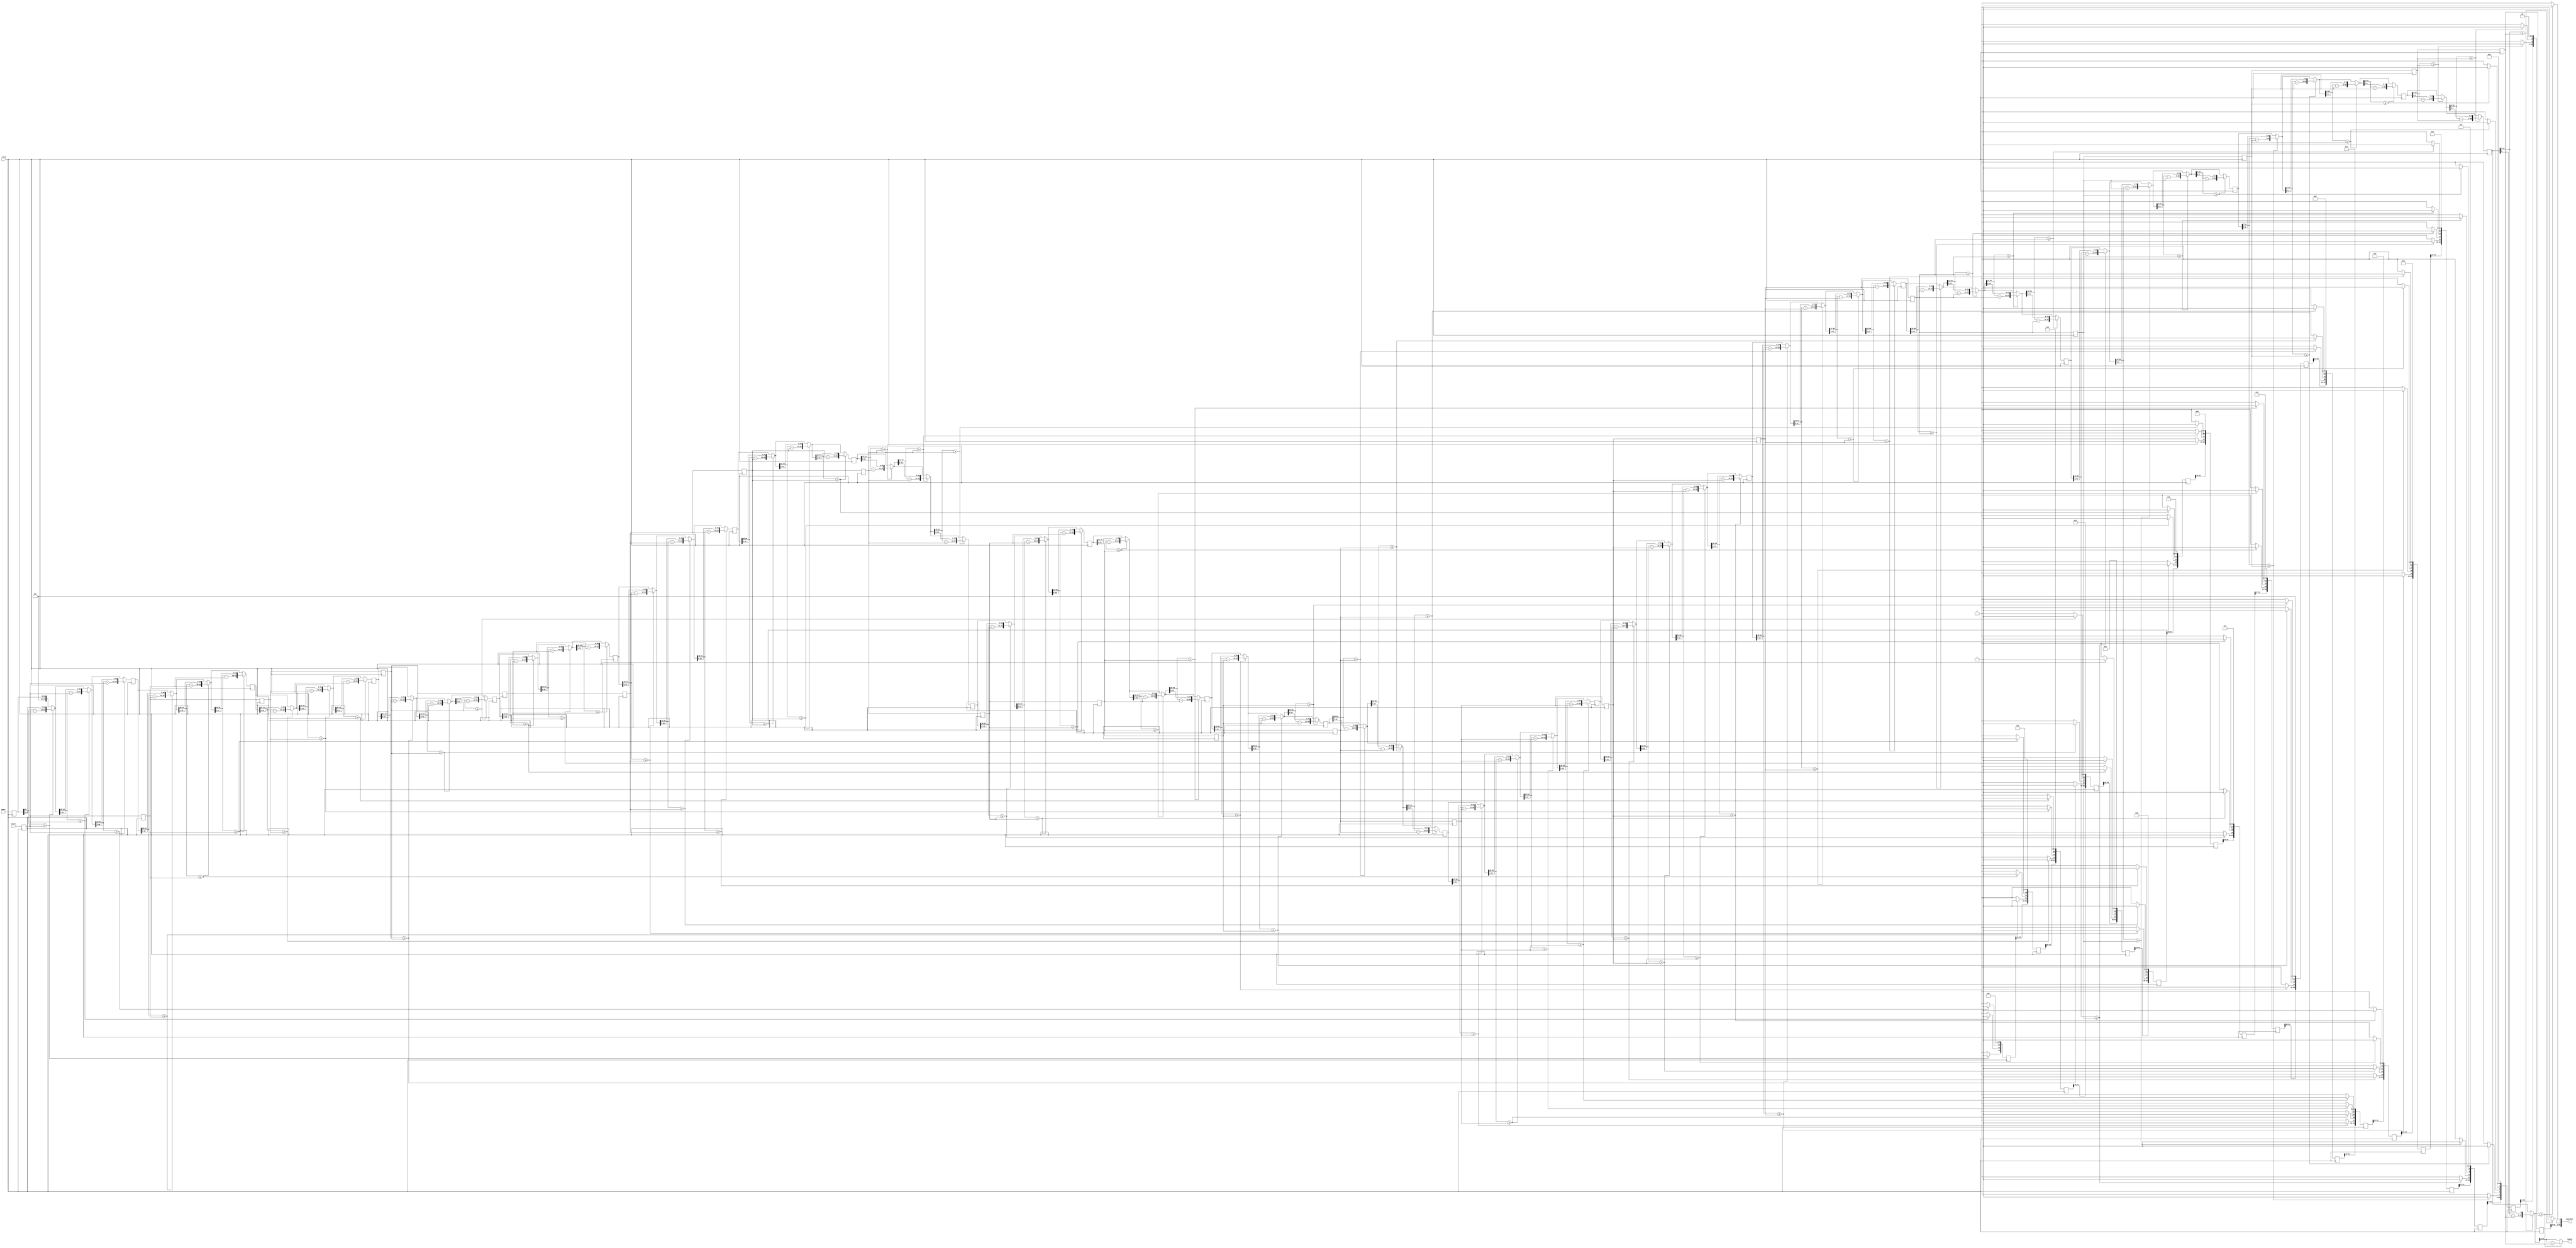
`define TRIG_WIDTH 5'b01010 //10;
`define PIPELINE_DEPTH_UPPER_LIMIT 10'b0100000000 //256;
`define ABSORB_ADDR_WIDTH 6'b010000 //16;
`define ABSORB_WORD_WIDTH 7'b01000000 //64;
`define WSCALE 22'b0111010100101111111111 //1919999;
//`define BIT_WIDTH 7'b0100000
//`define LAYER_WIDTH 6'b000011 
`define LEFTSHIFT 6'b000011         // 2^3=8=1/0.125 where 0.125 = CHANCE of roulette
`define INTCHANCE 32'b00100000000000000000000000000000 //Based on 32 bit rand num generator
`define MIN_WEIGHT 9'b011001000 
`define BIT_WIDTH 7'b0100000
`define LAYER_WIDTH 6'b000011
`define INTMAX 32'b01111111111111111111111111111111
`define INTMIN 32'b10000000000000000000000000000000
`define DIVIDER_LATENCY 6'b011110
`define FINAL_LATENCY 6'b011100
`define MULT_LATENCY 1'b1
`define ASPECT_RATIO 6'b000111
`define TOTAL_LATENCY 7'b0111100
//`define BIT_WIDTH 6'b100000
//`define LAYER_WIDTH 6'b000011
`define LOGSCALEFACTOR 6'b000101
`define MAXLOG 32'b10110001011100100001011111110111		//Based on 32 bit unsigned rand num generator
`define CONST_MOVE_AMOUNT 15'b110000110101000  //Used for testing purposes only
`define MUTMAX_BITS 6'b001111
//`define BIT_WIDTH 6'b100000
//`define LAYER_WIDTH 6'b000011
//`define INTMAX 32'b01111111111111111111111111111111
//`define INTMIN 32'b10000000000000000000000000000000
//`define BIT_WIDTH 7'b0100000
`define MANTISSA_PRECISION 6'b001010
`define LOG2_BIT_WIDTH 6'b000110
`define LOG2 28'b0101100010111001000010111111
`define NR 10'b0100000000             
`define NZ 10'b0100000000              
`define NR_EXP 5'b01000              //meaning `NR=2^`NR_exp or 2^8=256
`define RGRID_SCLAE_EXP 6'b010101    //2^21 = RGRID_SCALE
`define ZGRID_SCLAE_EXP 6'b010101    //2^21 = ZGRID_SCALE
//`define BIT_WIDTH 7'b0100000
`define BIT_WIDTH_2 8'b01000000
`define WORD_WIDTH 8'b01000000
`define ADDR_WIDTH 6'b010000          //256x256=2^8*2^8=2^16
`define DIV 6'b010100//20;
`define SQRT 5'b01010 //10;
`define LAT 7'b0100101 //DIV + SQRT + 7;
`define INTMAX_2 {32'h3FFFFFFF,32'h00000001}
//`define INTMAX 32'b01111111111111111111111111111111//2147483647;
//`define INTMIN 32'b10000000000000000000000000000001//-2147483647;
`define INTMAXMinus3 32'b01111111111111111111111111111100//2147483644;
`define negINTMAXPlus3 32'b10000000000000000000000000000100//-2147483644;
`define INTMAX_2_ref {32'h3FFFFFFF,32'hFFFFFFFF}
`define SIMULATION_MEMORY

module Div_64b_unsigned (clock, denom_, numer_, quotient, remain);
	input clock;
	input [63:0]numer_;
	input [31:0]denom_;
	output [63:0]quotient;
	output [31:0]remain;

	reg [63:0]numer;
	reg [31:0]denom0;
	
	always @ (posedge clock) 
	begin
		numer <= numer_;
		denom0 <= denom_;
	end

///////////////////////////////////////////////////Unchanged starts here	
	reg [94:0]numer_temp_63; //need to add bits
	reg [94:0]numer_temp_62;
	reg [94:0]numer_temp_61;
	reg [94:0]numer_temp_60_d, numer_temp_60_q;
	reg [94:0]numer_temp_59;
	reg [94:0]numer_temp_58;
	reg [94:0]numer_temp_57_d, numer_temp_57_q;
	reg [94:0]numer_temp_56;
	reg [94:0]numer_temp_55;
	reg [94:0]numer_temp_54_d, numer_temp_54_q;
	reg [94:0]numer_temp_53;
	reg [94:0]numer_temp_52;
	reg [94:0]numer_temp_51_d, numer_temp_51_q;
	reg [94:0]numer_temp_50;
	reg [94:0]numer_temp_49;
	reg [94:0]numer_temp_48_d, numer_temp_48_q;
	reg [94:0]numer_temp_47;
	reg [94:0]numer_temp_46;
	reg [94:0]numer_temp_45_d, numer_temp_45_q;
	reg [94:0]numer_temp_44;
	reg [94:0]numer_temp_43;
	reg [94:0]numer_temp_42_d, numer_temp_42_q;
	reg [94:0]numer_temp_41;
	reg [94:0]numer_temp_40;
	reg [94:0]numer_temp_39_d, numer_temp_39_q;
	reg [94:0]numer_temp_38;
	reg [94:0]numer_temp_37;
	reg [94:0]numer_temp_36_d, numer_temp_36_q;
	reg [94:0]numer_temp_35;
	reg [94:0]numer_temp_34;
	reg [94:0]numer_temp_33_d, numer_temp_33_q;
	reg [94:0]numer_temp_32;
	reg [94:0]numer_temp_31;
	reg [94:0]numer_temp_30_d, numer_temp_30_q;
	reg [94:0]numer_temp_29;
	reg [94:0]numer_temp_28;
	reg [94:0]numer_temp_27_d, numer_temp_27_q;
	reg [94:0]numer_temp_26;
	reg [94:0]numer_temp_25;
	reg [94:0]numer_temp_24;
	reg [94:0]numer_temp_23_d, numer_temp_23_q;
	reg [94:0]numer_temp_22;
	reg [94:0]numer_temp_21;
	reg [94:0]numer_temp_20;
	reg [94:0]numer_temp_19_d, numer_temp_19_q;
	reg [94:0]numer_temp_18;
	reg [94:0]numer_temp_17;
	reg [94:0]numer_temp_16;
	reg [94:0]numer_temp_15_d, numer_temp_15_q;
	reg [94:0]numer_temp_14;
	reg [94:0]numer_temp_13;
	reg [94:0]numer_temp_12;
	reg [94:0]numer_temp_11_d, numer_temp_11_q;
	reg [94:0]numer_temp_10;
	reg [94:0]numer_temp_9;
	reg [94:0]numer_temp_8;
	reg [94:0]numer_temp_7_d, numer_temp_7_q;
	reg [94:0]numer_temp_6;
	reg [94:0]numer_temp_5;
	reg [94:0]numer_temp_4;
	reg [94:0]numer_temp_3_d, numer_temp_3_q;
	reg [94:0]numer_temp_2;
	reg [94:0]numer_temp_1_d, numer_temp_1_q;
	reg [94:0]numer_temp_0;
	reg [94:0]numer_temp;

		//The dummy pipeline (20 clock cycles)
	reg [63:0]quo0_d;
	reg [63:0]quo1_d;
	reg [63:0]quo2_d;
	reg [63:0]quo3_d;
	reg [63:0]quo4_d;
	reg [63:0]quo5_d;
	reg [63:0]quo6_d;
	reg [63:0]quo7_d;
	reg [63:0]quo8_d;
	reg [63:0]quo9_d;
	reg [63:0]quo10_d;
	reg [63:0]quo11_d;
	reg [63:0]quo12_d;
	reg [63:0]quo13_d;
	reg [63:0]quo14_d;
	reg [63:0]quo15_d;
	reg [63:0]quo16_d;
	reg [63:0]quo17_d;
	reg [63:0]quo18_d;
	reg [63:0]quo19_d;
	
	reg [63:0]quo0_q;
	reg [63:0]quo1_q;
	reg [63:0]quo2_q;
	reg [63:0]quo3_q;
	reg [63:0]quo4_q;
	reg [63:0]quo5_q;
	reg [63:0]quo6_q;
	reg [63:0]quo7_q;
	reg [63:0]quo8_q;
	reg [63:0]quo9_q;
	reg [63:0]quo10_q;
	reg [63:0]quo11_q;
	reg [63:0]quo12_q;
	reg [63:0]quo13_q;
	reg [63:0]quo14_q;
	reg [63:0]quo15_q;
	reg [63:0]quo16_q;
	reg [63:0]quo17_q;
	reg [63:0]quo18_q;
	
	reg [31:0]denom1;
	reg [31:0]denom2;
	reg [31:0]denom3;	
	reg [31:0]denom4;
	reg [31:0]denom5;	
	reg [31:0]denom6;
	reg [31:0]denom7;	
	reg [31:0]denom8;
	reg [31:0]denom9;	
	reg [31:0]denom10;
	reg [31:0]denom11;	
	reg [31:0]denom12;
	reg [31:0]denom13;	
	reg [31:0]denom14;
	reg [31:0]denom15;	
	reg [31:0]denom16;
	reg [31:0]denom17;	
	reg [31:0]denom18;
	reg [31:0]denom19;
	
	
	always @(numer or denom0) begin
		numer_temp_63 = {31'b0, numer};
		
		//quo0[63]
		if (numer_temp_63[94:63] >= denom0 ) begin
			quo0_d[63] = 1'b1;
			numer_temp_62 = {numer_temp_63[94:63] - denom0, numer_temp_63[62:0]};
		end else begin
			quo0_d[63] = 1'b0;
			numer_temp_62 = numer_temp_63;
		end
		
		//quo0[62]
		if (numer_temp_62[94:62] >= denom0 ) begin
			quo0_d[62] = 1'b1;
			numer_temp_61 = {numer_temp_62[94:62] - denom0, numer_temp_62[61:0]};
		end else begin
			quo0_d[62] = 1'b0;
           numer_temp_61 = numer_temp_62;
		end
		//quo0[61]
		if (numer_temp_61[94:61] >= denom0 ) begin
			quo0_d[61] = 1'b1;
			numer_temp_60_d = {numer_temp_61[94:61] - denom0, numer_temp_61[60:0]};
		end else begin
			quo0_d[61] = 1'b0;
           numer_temp_60_d = numer_temp_61;
		end
		quo0_d[60:0] = 61'b0;
	end
	
	always @ (posedge clock) begin
		quo0_q <= quo0_d;
		numer_temp_60_q <= numer_temp_60_d;
		denom1 <= denom0;
	end
		
	always @(numer_temp_60_q or denom1 or quo0_q) begin
		quo1_d[63:61] = quo0_q[63:61];
	
		//quo1_d[60]
		if (numer_temp_60_q[94:60] >= denom1 ) begin
			quo1_d[60] = 1'b1;
			numer_temp_59 = {numer_temp_60_q[94:60] - denom1, numer_temp_60_q[59:0]};
		end else begin
			quo1_d[60] = 1'b0;
           numer_temp_59 = numer_temp_60_q;
		end
		//quo1_d[59]
		if (numer_temp_59[94:59] >= denom1 ) begin
			quo1_d[59] = 1'b1;
			numer_temp_58 = {numer_temp_59[94:59] - denom1, numer_temp_59[58:0]};
		end else begin
			quo1_d[59] = 1'b0;
           numer_temp_58 = numer_temp_59;
		end
		//quo1_d[58]
		if (numer_temp_58[94:58] >= denom1 ) begin
			quo1_d[58] = 1'b1;
			numer_temp_57_d = {numer_temp_58[94:58] - denom1, numer_temp_58[57:0]};
		end else begin
			quo1_d[58] = 1'b0;
           numer_temp_57_d = numer_temp_58;
		end
		quo1_d[57:0] = 58'b0;
	end

	always @ (posedge clock) begin
		quo1_q <= quo1_d;
		numer_temp_57_q <= numer_temp_57_d;
		denom2 <= denom1;
	end
		
	always @ (numer_temp_57_q or denom2 or quo1_q) begin
		quo2_d[63:58] = quo1_q[63:58];
	
		//quo2_d[57]
		if (numer_temp_57_q[94:57] >= denom2 ) begin
			quo2_d[57] = 1'b1;
			numer_temp_56 = {numer_temp_57_q[94:57] - denom2, numer_temp_57_q[56:0]};
		end else begin
			quo2_d[57] = 1'b0;
           numer_temp_56 = numer_temp_57_q;
		end
		//quo2_d[56]
		if (numer_temp_56[94:56] >= denom2 ) begin
			quo2_d[56] = 1'b1;
			numer_temp_55 = {numer_temp_56[94:56] - denom2, numer_temp_56[55:0]};
		end else begin
			quo2_d[56] = 1'b0;
           numer_temp_55 = numer_temp_56;
		end
		//quo2_d[55]
		if (numer_temp_55[94:55] >= denom2 ) begin
			quo2_d[55] = 1'b1;
			numer_temp_54_d = {numer_temp_55[94:55] - denom2, numer_temp_55[54:0]};
		end else begin
			quo2_d[55] = 1'b0;
           numer_temp_54_d = numer_temp_55;
		end
		quo2_d[54:0] = 55'b0;
	end
	
	
	always @ (posedge clock) begin
		quo2_q <= quo2_d;
		numer_temp_54_q <= numer_temp_54_d;
		denom3 <= denom2;
	end
	
	always @ (numer_temp_54_q or denom3 or quo2_q) begin
		quo3_d[63:55] = quo2_q[63:55];
	
		//quo3_d[54]
		if (numer_temp_54_q[94:54] >= denom3 ) begin
			quo3_d[54] = 1'b1;
			numer_temp_53 = {numer_temp_54_q[94:54] - denom3, numer_temp_54_q[53:0]};
		end else begin
			quo3_d[54] = 1'b0;
           numer_temp_53 = numer_temp_54_q;
		end
		//quo3_d[53]
		if (numer_temp_53[94:53] >= denom3 ) begin
			quo3_d[53] = 1'b1;
			numer_temp_52 = {numer_temp_53[94:53] - denom3, numer_temp_53[52:0]};
		end else begin
			quo3_d[53] = 1'b0;
           numer_temp_52 = numer_temp_53;
		end
		//quo3_d[52]
		if (numer_temp_52[94:52] >= denom3 ) begin
			quo3_d[52] = 1'b1;
			numer_temp_51_d = {numer_temp_52[94:52] - denom3, numer_temp_52[51:0]};
		end else begin
			quo3_d[52] = 1'b0;
           numer_temp_51_d = numer_temp_52;
		end
		quo3_d[51:0] = 52'b0;
	end
		
	always @ (posedge clock) begin
		quo3_q <= quo3_d;
		numer_temp_51_q <= numer_temp_51_d;
		denom4 <= denom3;
	end
		
	always @ (numer_temp_51_q or denom4 or quo3_q) begin
		quo4_d[63:52] = quo3_q[63:52];
	
		//quo4[51]
		if (numer_temp_51_q[94:51] >= denom4 ) begin
			quo4_d[51] = 1'b1;
			numer_temp_50 = {numer_temp_51_q[94:51] - denom4, numer_temp_51_q[50:0]};
		end else begin
			quo4_d[51] = 1'b0;
           numer_temp_50 = numer_temp_51_q;
		end
		//quo4_d[50]
		if (numer_temp_50[94:50] >= denom4 ) begin
			quo4_d[50] = 1'b1;
			numer_temp_49 = {numer_temp_50[94:50] - denom4, numer_temp_50[49:0]};
		end else begin
			quo4_d[50] = 1'b0;
           numer_temp_49 = numer_temp_50;
		end
		//quo4_d[49]
		if (numer_temp_49[94:49] >= denom4 ) begin
			quo4_d[49] = 1'b1;
			numer_temp_48_d = {numer_temp_49[94:49] - denom4, numer_temp_49[48:0]};
		end else begin
			quo4_d[49] = 1'b0;
           numer_temp_48_d = numer_temp_49;
		end
		quo4_d[48:0] = 49'b0;
	end
		
	always @ (posedge clock) begin
		quo4_q <= quo4_d;
		numer_temp_48_q <= numer_temp_48_d;
		denom5 <= denom4;
	end
		
	always @ (numer_temp_48_q or denom5 or quo4_q) begin
		quo5_d[63:49] = quo4_q[63:49];

	//quo5_d[48]
		if (numer_temp_48_q[94:48] >= denom5 ) begin
			quo5_d[48] = 1'b1;
			numer_temp_47 = {numer_temp_48_q[94:48] - denom5, numer_temp_48_q[47:0]};
		end else begin
			quo5_d[48] = 1'b0;
           numer_temp_47 = numer_temp_48_q;
		end
		//quo5_d[47]
		if (numer_temp_47[94:47] >= denom5 ) begin
			quo5_d[47] = 1'b1;
			numer_temp_46 = {numer_temp_47[94:47] - denom5, numer_temp_47[46:0]};
		end else begin
			quo5_d[47] = 1'b0;
           numer_temp_46 = numer_temp_47;
		end
		//quo5_d[46]
		if (numer_temp_46[94:46] >= denom5 ) begin
			quo5_d[46] = 1'b1;
			numer_temp_45_d = {numer_temp_46[94:46] - denom5, numer_temp_46[45:0]};
		end else begin
			quo5_d[46] = 1'b0;
           numer_temp_45_d = numer_temp_46;
		end
		quo5_d[45:0] = 46'b0;
	end
		
	always @ (posedge clock) begin
		quo5_q <= quo5_d;
		numer_temp_45_q <= numer_temp_45_d;
		denom6 <= denom5;
	end
		
	always @ (numer_temp_45_q or denom6 or quo5_q) begin
		quo6_d[63:46] = quo5_q[63:46];
	
		//quo6_d[45]
		if (numer_temp_45_q[94:45] >= denom6 ) begin
			quo6_d[45] = 1'b1;
			numer_temp_44 = {numer_temp_45_q[94:45] - denom6, numer_temp_45_q[44:0]};
		end else begin
			quo6_d[45] = 1'b0;
           numer_temp_44 = numer_temp_45_q;
		end
		//quo6_d[44]
		if (numer_temp_44[94:44] >= denom6 ) begin
			quo6_d[44] = 1'b1;
			numer_temp_43 = {numer_temp_44[94:44] - denom6, numer_temp_44[43:0]};
		end else begin
			quo6_d[44] = 1'b0;
           numer_temp_43 = numer_temp_44;
		end
		//quo6_d[43]
		if (numer_temp_43[94:43] >= denom6 ) begin
			quo6_d[43] = 1'b1;
			numer_temp_42_d = {numer_temp_43[94:43] - denom6, numer_temp_43[42:0]};
		end else begin
			quo6_d[43] = 1'b0;
           numer_temp_42_d = numer_temp_43;
		end
		quo6_d[42:0] = 43'b0;
	end
	
	always @ (posedge clock) begin
		quo6_q<= quo6_d;
		numer_temp_42_q <= numer_temp_42_d;
		denom7 <= denom6;
	end
	
	always @ (numer_temp_42_q or denom7 or quo6_q) begin
		quo7_d[63:43] = quo6_q[63:43];
	
		//quo7_d[42]
		if (numer_temp_42_q[94:42] >= denom7 ) begin
			quo7_d[42] = 1'b1;
			numer_temp_41 = {numer_temp_42_q[94:42] - denom7, numer_temp_42_q[41:0]};
		end else begin
			quo7_d[42] = 1'b0;
           numer_temp_41 = numer_temp_42_q;
		end
		//quo7_d[41]
		if (numer_temp_41[94:41] >= denom7 ) begin
			quo7_d[41] = 1'b1;
			numer_temp_40 = {numer_temp_41[94:41] - denom7, numer_temp_41[40:0]};
		end else begin
			quo7_d[41] = 1'b0;
           numer_temp_40 = numer_temp_41;
		end
		//quo7_d[40]
		if (numer_temp_40[94:40] >= denom7 ) begin
			quo7_d[40] = 1'b1;
			numer_temp_39_d = {numer_temp_40[94:40] - denom7, numer_temp_40[39:0]};
		end else begin
			quo7_d[40] = 1'b0;
           numer_temp_39_d = numer_temp_40;
		end
		quo7_d[39:0] = 40'b0;
	end
		
	always @ (posedge clock) begin
		quo7_q <= quo7_d;
		numer_temp_39_q <= numer_temp_39_d;
		denom8 <= denom7;
	end
		
	always @ (numer_temp_39_q or denom8 or quo7_q) begin
		quo8_d[63:40] = quo7_q[63:40];
	
		//quo8[39]
		if (numer_temp_39_q[94:39] >= denom8 ) begin
			quo8_d[39] = 1'b1;
			numer_temp_38 = {numer_temp_39_q[94:39] - denom8, numer_temp_39_q[38:0]};
		end else begin
			quo8_d[39] = 1'b0;
           numer_temp_38 = numer_temp_39_q;
		end
		//quo8_d[38]
		if (numer_temp_38[94:38] >= denom8 ) begin
			quo8_d[38] = 1'b1;
			numer_temp_37 = {numer_temp_38[94:38] - denom8, numer_temp_38[37:0]};
		end else begin
			quo8_d[38] = 1'b0;
           numer_temp_37 = numer_temp_38;
		end
		//quo8_d[37]
		if (numer_temp_37[94:37] >= denom8 ) begin
			quo8_d[37] = 1'b1;
			numer_temp_36_d = {numer_temp_37[94:37] - denom8, numer_temp_37[36:0]};
		end else begin
			quo8_d[37] = 1'b0;
           numer_temp_36_d = numer_temp_37;
		end
		quo8_d[36:0] = 37'b0;
	end
		
	always @ (posedge clock) begin
		quo8_q <= quo8_d;
		numer_temp_36_q <= numer_temp_36_d;
		denom9 <= denom8;
	end
		
	always @ (numer_temp_36_q or denom9 or quo8_q) begin
		quo9_d[63:37] = quo8_q[63:37];
	
		//quo9[36]
		if (numer_temp_36_q[94:36] >= denom9 ) begin
			quo9_d[36] = 1'b1;
			numer_temp_35 = {numer_temp_36_q[94:36] - denom9, numer_temp_36_q[35:0]};
		end else begin
			quo9_d[36] = 1'b0;
           numer_temp_35 = numer_temp_36_q;
		end
		//quo9_d[35]
		if (numer_temp_35[94:35] >= denom9 ) begin
			quo9_d[35] = 1'b1;
			numer_temp_34 = {numer_temp_35[94:35] - denom9, numer_temp_35[34:0]};
		end else begin
			quo9_d[35] = 1'b0;
           numer_temp_34 = numer_temp_35;
		end
		//quo9_d[34]
		if (numer_temp_34[94:34] >= denom9 ) begin
			quo9_d[34] = 1'b1;
			numer_temp_33_d = {numer_temp_34[94:34] - denom9, numer_temp_34[33:0]};
		end else begin
			quo9_d[34] = 1'b0;
           numer_temp_33_d = numer_temp_34;
		end
		quo9_d[33:0] = 34'b0;
	end
		
	always @ (posedge clock) begin
		quo9_q <= quo9_d;
		numer_temp_33_q <= numer_temp_33_d;
		denom10 <= denom9;
	end
		
	always @ (numer_temp_33_q or denom10 or quo9_q) begin
		quo10_d[63:34] = quo9_q[63:34];
	
		//quo10_d[33]
		if (numer_temp_33_q[94:33] >= denom10 ) begin
			quo10_d[33] = 1'b1;
			numer_temp_32 = {numer_temp_33_q[94:33] - denom10, numer_temp_33_q[32:0]};
		end else begin
			quo10_d[33] = 1'b0;
           numer_temp_32 = numer_temp_33_q;
		end
		//quo10_d[32]
		if (numer_temp_32[94:32] >= denom10 ) begin
			quo10_d[32] = 1'b1;
			numer_temp_31 = {numer_temp_32[94:32] - denom10, numer_temp_32[31:0]};
		end else begin
			quo10_d[32] = 1'b0;
           numer_temp_31 = numer_temp_32;
		end
		//quo10_d[31]
		if (numer_temp_31[94:31] >= denom10 ) begin
			quo10_d[31] = 1'b1;
			numer_temp_30_d = {numer_temp_31[94:31] - denom10, numer_temp_31[30:0]};
		end else begin
			quo10_d[31] = 1'b0;
           numer_temp_30_d = numer_temp_31;
		end
		quo10_d[30:0] = 31'b0;
	end
	
	always @ (posedge clock) begin
		quo10_q <= quo10_d;
		numer_temp_30_q <= numer_temp_30_d;
		denom11 <= denom10;
	end
		
	always @ (numer_temp_30_q or denom11 or quo10_q) begin 
		quo11_d[63:31] = quo10_q[63:31];
	
		//quo11[30]
		if (numer_temp_30_q[94:30] >= denom11 ) begin
			quo11_d[30] = 1'b1;
			numer_temp_29 = {numer_temp_30_q[94:30] - denom11, numer_temp_30_q[29:0]};
		end else begin
			quo11_d[30] = 1'b0;
           numer_temp_29 = numer_temp_30_q;
		end
		//quo11_d[29]
		if (numer_temp_29[94:29] >= denom11 ) begin
			quo11_d[29] = 1'b1;
			numer_temp_28 = {numer_temp_29[94:29] - denom11, numer_temp_29[28:0]};
		end else begin
			quo11_d[29] = 1'b0;
           numer_temp_28 = numer_temp_29;
		end
		//quo11_d[28]
		if (numer_temp_28[94:28] >= denom11 ) begin
			quo11_d[28] = 1'b1;
			numer_temp_27_d = {numer_temp_28[94:28] - denom11, numer_temp_28[27:0]};
		end else begin
			quo11_d[28] = 1'b0;
           numer_temp_27_d = numer_temp_28;
		end
		quo11_d[27:0] = 28'b0;
	end
		
	always @ (posedge clock) begin
		quo11_q <= quo11_d;
		numer_temp_27_q <= numer_temp_27_d;
		denom12 <= denom11;
	end
	
	always @ (numer_temp_27_q or denom12 or quo11_q) begin
		quo12_d[63:28] = quo11_q[63:28];
	
		//quo12[27]
		if (numer_temp_27_q[94:27] >= denom12 ) begin
			quo12_d[27] = 1'b1;
			numer_temp_26 = {numer_temp_27_q[94:27] - denom12, numer_temp_27_q[26:0]};
		end else begin
			quo12_d[27] = 1'b0;
           numer_temp_26 = numer_temp_27_q;
		end
		//quo12_d[26]
		if (numer_temp_26[94:26] >= denom12 ) begin
			quo12_d[26] = 1'b1;
			numer_temp_25 = {numer_temp_26[94:26] - denom12, numer_temp_26[25:0]};
		end else begin
			quo12_d[26] = 1'b0;
           numer_temp_25 = numer_temp_26;
		end
		//quo12_d[25]
		if (numer_temp_25[94:25] >= denom12 ) begin
			quo12_d[25] = 1'b1;
			numer_temp_24 = {numer_temp_25[94:25] - denom12, numer_temp_25[24:0]};
		end else begin
			quo12_d[25] = 1'b0;
           numer_temp_24 = numer_temp_25;
		end
		//quo12_d[24]
		if (numer_temp_24[94:24] >= denom12 ) begin
			quo12_d[24] = 1'b1;
			numer_temp_23_d = {numer_temp_24[94:24] - denom12, numer_temp_24[23:0]};
		end else begin
			quo12_d[24] = 1'b0;
           numer_temp_23_d = numer_temp_24;
		end
		quo12_d[23:0] = 24'b0;
	end
		
	always @ (posedge clock) begin
		quo12_q <= quo12_d;
		numer_temp_23_q <= numer_temp_23_d;
		denom13 <= denom12;
	end
	
	always @ (numer_temp_23_q or denom13 or quo12_q) begin
		quo13_d[63:24] = quo12_q[63:24];
	
		//quo13_d[23]
		if (numer_temp_23_q[94:23] >= denom13 ) begin
			quo13_d[23] = 1'b1;
			numer_temp_22 = {numer_temp_23_q[94:23] - denom13, numer_temp_23_q[22:0]};
		end else begin
			quo13_d[23] = 1'b0;
           numer_temp_22 = numer_temp_23_q;
		end
		//quo13_d[22]
		if (numer_temp_22[94:22] >= denom13 ) begin
			quo13_d[22] = 1'b1;
			numer_temp_21 = {numer_temp_22[94:22] - denom13, numer_temp_22[21:0]};
		end else begin
			quo13_d[22] = 1'b0;
           numer_temp_21 = numer_temp_22;
		end
		//quo13_d[21]
		if (numer_temp_21[94:21] >= denom13 ) begin
			quo13_d[21] = 1'b1;
			numer_temp_20 = {numer_temp_21[94:21] - denom13, numer_temp_21[20:0]};
		end else begin
			quo13_d[21] = 1'b0;
           numer_temp_20 = numer_temp_21;
		end
		//quo13_d[20]
		if (numer_temp_20[94:20] >= denom13 ) begin
			quo13_d[20] = 1'b1;
			numer_temp_19_d = {numer_temp_20[94:20] - denom13, numer_temp_20[19:0]};
		end else begin
			quo13_d[20] = 1'b0;
           numer_temp_19_d = numer_temp_20;
		end
		quo13_d[19:0] = 20'b0;
	end
	
	always @ (posedge clock) begin
		quo13_q <= quo13_d;
		numer_temp_19_q <= numer_temp_19_d;
		denom14 <= denom13;
	end
		
	always @ (numer_temp_19_q or denom14 or quo13_q) begin
		quo14_d[63:20] = quo13_q[63:20];
	
		//quo14_d[19]
		if (numer_temp_19_q[94:19] >= denom14 ) begin
			quo14_d[19] = 1'b1;
			numer_temp_18 = {numer_temp_19_q[94:19] - denom14, numer_temp_19_q[18:0]};
		end else begin
			quo14_d[19] = 1'b0;
           numer_temp_18 = numer_temp_19_q;
		end
		//quo14_d[18]
		if (numer_temp_18[94:18] >= denom14 ) begin
			quo14_d[18] = 1'b1;
			numer_temp_17 = {numer_temp_18[94:18] - denom14, numer_temp_18[17:0]};
		end else begin
			quo14_d[18] = 1'b0;
           numer_temp_17 = numer_temp_18;
		end
		//quo14_d[17]
		if (numer_temp_17[94:17] >= denom14 ) begin
			quo14_d[17] = 1'b1;
			numer_temp_16 = {numer_temp_17[94:17] - denom14, numer_temp_17[16:0]};
		end else begin
			quo14_d[17] = 1'b0;
           numer_temp_16 = numer_temp_17;
		end
		//quo14_d[16]
		if (numer_temp_16[94:16] >= denom14 ) begin
			quo14_d[16] = 1'b1;
			numer_temp_15_d = {numer_temp_16[94:16] - denom14, numer_temp_16[15:0]};
		end else begin
			quo14_d[16] = 1'b0;
           numer_temp_15_d = numer_temp_16;
		end
		quo14_d[15:0] = 16'b0;
	end
		
	always @ (posedge clock) begin
		quo14_q <= quo14_d;
		numer_temp_15_q <= numer_temp_15_d;
		denom15 <= denom14;
	end
		
	always @ (numer_temp_15_q or denom15 or quo14_q) begin
		quo15_d[63:16] = quo14_q[63:16];
	
		//quo15_d[15]
		if (numer_temp_15_q[94:15] >= denom15 ) begin
			quo15_d[15] = 1'b1;
			numer_temp_14 = {numer_temp_15_q[94:15] - denom15, numer_temp_15_q[14:0]};
		end else begin
			quo15_d[15] = 1'b0;
           numer_temp_14 = numer_temp_15_q;
		end
		//quo15_d[14]
		if (numer_temp_14[94:14] >= denom15 ) begin
			quo15_d[14] = 1'b1;
			numer_temp_13 = {numer_temp_14[94:14] - denom15, numer_temp_14[13:0]};
		end else begin
			quo15_d[14] = 1'b0;
           numer_temp_13 = numer_temp_14;
		end
		//quo15_d[13]
		if (numer_temp_13[94:13] >= denom15 ) begin
			quo15_d[13] = 1'b1;
			numer_temp_12 = {numer_temp_13[94:13] - denom15, numer_temp_13[12:0]};
		end else begin
			quo15_d[13] = 1'b0;
           numer_temp_12 = numer_temp_13;
		end
		//quo15_d[12]
		if (numer_temp_12[94:12] >= denom15 ) begin
			quo15_d[12] = 1'b1;
			numer_temp_11_d = {numer_temp_12[94:12] - denom15, numer_temp_12[11:0]};
		end else begin
			quo15_d[12] = 1'b0;
           numer_temp_11_d = numer_temp_12;
		end
		quo15_d[11:0] = 12'b0;
	end
		
	always @ (posedge clock) begin
		quo15_q <= quo15_d;
		numer_temp_11_q <= numer_temp_11_d;
		denom16 <= denom15;
	end
		
	always @ (numer_temp_11_q or denom16 or quo15_q) begin
		quo16_d[63:12] = quo15_q[63:12];
	
		//quo16_d[11]
		if (numer_temp_11_q[94:11] >= denom16 ) begin
			quo16_d[11] = 1'b1;
			numer_temp_10 = {numer_temp_11_q[94:11] - denom16, numer_temp_11_q[10:0]};
		end else begin
			quo16_d[11] = 1'b0;
           numer_temp_10 = numer_temp_11_q;
		end
		//quo16_d[10]
		if (numer_temp_10[94:10] >= denom16 ) begin
			quo16_d[10] = 1'b1;
			numer_temp_9 = {numer_temp_10[94:10] - denom16, numer_temp_10[9:0]};
		end else begin
			quo16_d[10] = 1'b0;
           numer_temp_9 = numer_temp_10;
		end
		//quo16_d[9]
		if (numer_temp_9[94:9] >= denom16 ) begin
			quo16_d[9] = 1'b1;
			numer_temp_8 = {numer_temp_9[94:9] - denom16, numer_temp_9[8:0]};
		end else begin
			quo16_d[9] = 1'b0;
           numer_temp_8 = numer_temp_9;
		end
		//quo16_d[8]
		if (numer_temp_8[94:8] >= denom16 ) begin
			quo16_d[8] = 1'b1;
			numer_temp_7_d = {numer_temp_8[94:8] - denom16, numer_temp_8[7:0]};
		end else begin
			quo16_d[8] = 1'b0;
           numer_temp_7_d = numer_temp_8;
		end
		quo16_d[7:0] = 8'b0;
	end
	
	always @ (posedge clock) begin
		quo16_q <= quo16_d;
		numer_temp_7_q <= numer_temp_7_d;
		denom17 <= denom16;
	end
		
	always @ (numer_temp_7_q or denom17 or quo16_q) begin
		quo17_d[63:8] = quo16_q[63:8];
	
		//quo17_d[7]
		if (numer_temp_7_q[94:7] >= denom17 ) begin
			quo17_d[7] = 1'b1;
			numer_temp_6 = {numer_temp_7_q[94:7] - denom17, numer_temp_7_q[6:0]};
		end else begin
			quo17_d[7] = 1'b0;
           numer_temp_6 = numer_temp_7_q;
		end
		//quo17_d[6]
		if (numer_temp_6[94:6] >= denom17 ) begin
			quo17_d[6] = 1'b1;
			numer_temp_5 = {numer_temp_6[94:6] - denom17, numer_temp_6[5:0]};
		end else begin
			quo17_d[6] = 1'b0;
           numer_temp_5 = numer_temp_6;
		end
		//quo17_d[5]
		if (numer_temp_5[94:5] >= denom17 ) begin
			quo17_d[5] = 1'b1;
			numer_temp_4 = {numer_temp_5[94:5] - denom17, numer_temp_5[4:0]};
		end else begin
			quo17_d[5] = 1'b0;
           numer_temp_4 = numer_temp_5;
		end
		//quo17_d[4]
		if (numer_temp_4[94:4] >= denom17 ) begin
			quo17_d[4] = 1'b1;
			numer_temp_3_d = {numer_temp_4[94:4] - denom17, numer_temp_4[3:0]};
		end else begin
			quo17_d[4] = 1'b0;
           numer_temp_3_d = numer_temp_4;
		end
		quo17_d[3:0] = 4'b0;
	end
	
	always @ (posedge clock) begin
		quo17_q <= quo17_d;
		numer_temp_3_q <= numer_temp_3_d;
		denom18 <= denom17;
	end
		
	always @ (numer_temp_3_q or denom18 or quo17_q) begin
		quo18_d[63:4] = quo17_q[63:4];
		
		//quo18_d[3]
		if (numer_temp_3_q[94:3] >= denom18 ) begin
			quo18_d[3] = 1'b1;
			numer_temp_2 = {numer_temp_3_q[94:3] - denom18, numer_temp_3_q[2:0]};
		end else begin
			quo18_d[3] = 1'b0;
           numer_temp_2 = numer_temp_3_q;
		end
		//quo18_d[2]
		if (numer_temp_2[94:2] >= denom18 ) begin
			quo18_d[2] = 1'b1;
			numer_temp_1_d = {numer_temp_2[94:2] - denom18, numer_temp_2[1:0]};
		end else begin
			quo18_d[2] = 1'b0;
           numer_temp_1_d = numer_temp_2;
		end
		quo18_d[1:0] = 2'b0;
	end
		
	always @ (posedge clock) begin 
		quo18_q <= quo18_d;
		numer_temp_1_q <= numer_temp_1_d;
		denom19 <= denom18;
	end
		
	always @ (numer_temp_1_q or denom19 or quo18_q) begin
		quo19_d[63:2] = quo18_q[63:2];
		//quo19_d[1]
		if (numer_temp_1_q[94:1] >= denom19 ) begin
			quo19_d[1] = 1'b1;
			numer_temp_0 = {numer_temp_1_q[94:1] - denom19, numer_temp_1_q[0:0]};
		end else begin
			quo19_d[1] = 1'b0;
           numer_temp_0 = numer_temp_1_q;
	
		end
		//quo19_d[0]
		if (numer_temp_0[94:0] >= denom19 ) begin
			quo19_d[0] = 1'b1;
			numer_temp = numer_temp_0[94:0] - denom19;
		end else begin
			quo19_d[0] = 1'b0;
           numer_temp = numer_temp_0;
		end	
	end
	
	assign quotient = quo19_d;
	assign remain = numer_temp[31:0];

	
	
endmodule